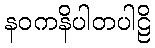
နဝကနိပါတပါဠိ